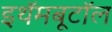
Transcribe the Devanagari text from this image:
इथॅमबूटॉल